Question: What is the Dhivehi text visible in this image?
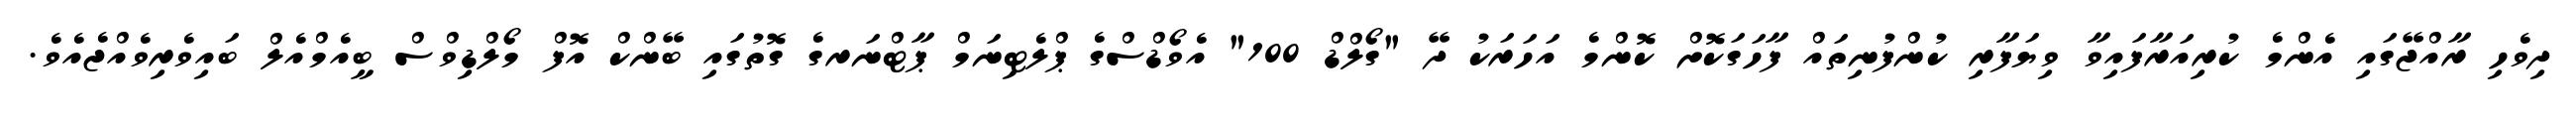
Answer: ދިވެހި ރާއްޖޭގައި އެންމެ ކުރިއަރާފައިވާ ވިޔަފާރި ކުންފުނިތައް ފާހަގަކޮށް ކޮންމެ އަހަރަކު ދޭ "ގޯލްޑް 100" އެވޯޑްސްގެ ޕްލެޓިނަމް ޕާޓްނަރގެ ގޮތުގައި ބޭންކް އޮފް މޯލްޑިވްސް ބީއެމްއެލް ބައިވެރިވެއްޖެއެވެ.